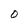
Character: O